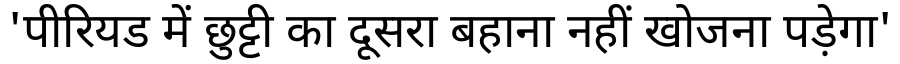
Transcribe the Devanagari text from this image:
'पीरियड में छुट्टी का दूसरा बहाना नहीं खोजना पड़ेगा'